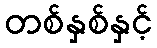
တစ်နှစ်နှင့်